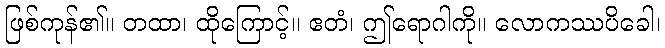
ဖြစ်ကုန်၏။ တထာ၊ ထိုကြောင့်။ ဧတံ၊ ဤရောဂါကို။ လောကဿပိခေါ၊